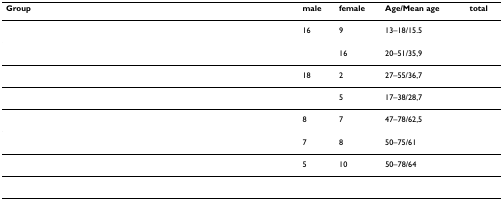
<table><thead><tr><td><b>Group</b></td><td><b>male</b></td><td><b>female</b></td><td><b>Age/Mean age</b></td><td><b>total</b></td></tr></thead><tbody><tr><td>[EMPTY_CELL]</td><td>16</td><td>9</td><td>13–18/15.5</td><td>[EMPTY_CELL]</td></tr><tr><td>[EMPTY_CELL]</td><td>[EMPTY_CELL]</td><td>16</td><td>20–51/35,9</td><td>[EMPTY_CELL]</td></tr><tr><td>[EMPTY_CELL]</td><td>18</td><td>2</td><td>27–55/36,7</td><td>[EMPTY_CELL]</td></tr><tr><td>[EMPTY_CELL]</td><td>[EMPTY_CELL]</td><td>5</td><td>17–38/28,7</td><td>[EMPTY_CELL]</td></tr><tr><td>[EMPTY_CELL]</td><td>8</td><td>7</td><td>47–78/62,5</td><td>[EMPTY_CELL]</td></tr><tr><td>[EMPTY_CELL]</td><td>7</td><td>8</td><td>50–75/61</td><td>[EMPTY_CELL]</td></tr><tr><td>[EMPTY_CELL]</td><td>5</td><td>10</td><td>50–78/64</td><td>[EMPTY_CELL]</td></tr><tr><td>[EMPTY_CELL]</td><td>[EMPTY_CELL]</td><td>[EMPTY_CELL]</td><td>[EMPTY_CELL]</td><td>[EMPTY_CELL]</td></tr></tbody></table>